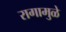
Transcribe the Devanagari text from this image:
रागामुळे